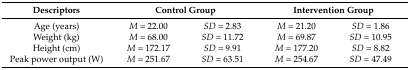
<table><thead><tr><td><b>Descriptors</b></td><td colspan="2"><b>Control Group</b></td><td colspan="2"><b>Intervention Group</b></td></tr></thead><tbody><tr><td>Age (years)</td><td><i>M =</i> 22.00</td><td><i>SD</i> = 2.83</td><td><i>M =</i> 21.20</td><td><i>SD</i> = 1.86</td></tr><tr><td>Weight (kg)</td><td><i>M =</i> 68.00</td><td><i>SD</i> = 11.72</td><td><i>M =</i> 69.87</td><td><i>SD</i> = 10.95</td></tr><tr><td>Height (cm)</td><td><i>M =</i> 172.17</td><td><i>SD</i> = 9.91</td><td><i>M =</i> 177.20</td><td><i>SD</i> = 8.82</td></tr><tr><td>Peak power output (W)</td><td><i>M =</i> 251.67</td><td><i>SD</i> = 63.51</td><td><i>M =</i> 254.67</td><td><i>SD</i> = 47.49</td></tr></tbody></table>